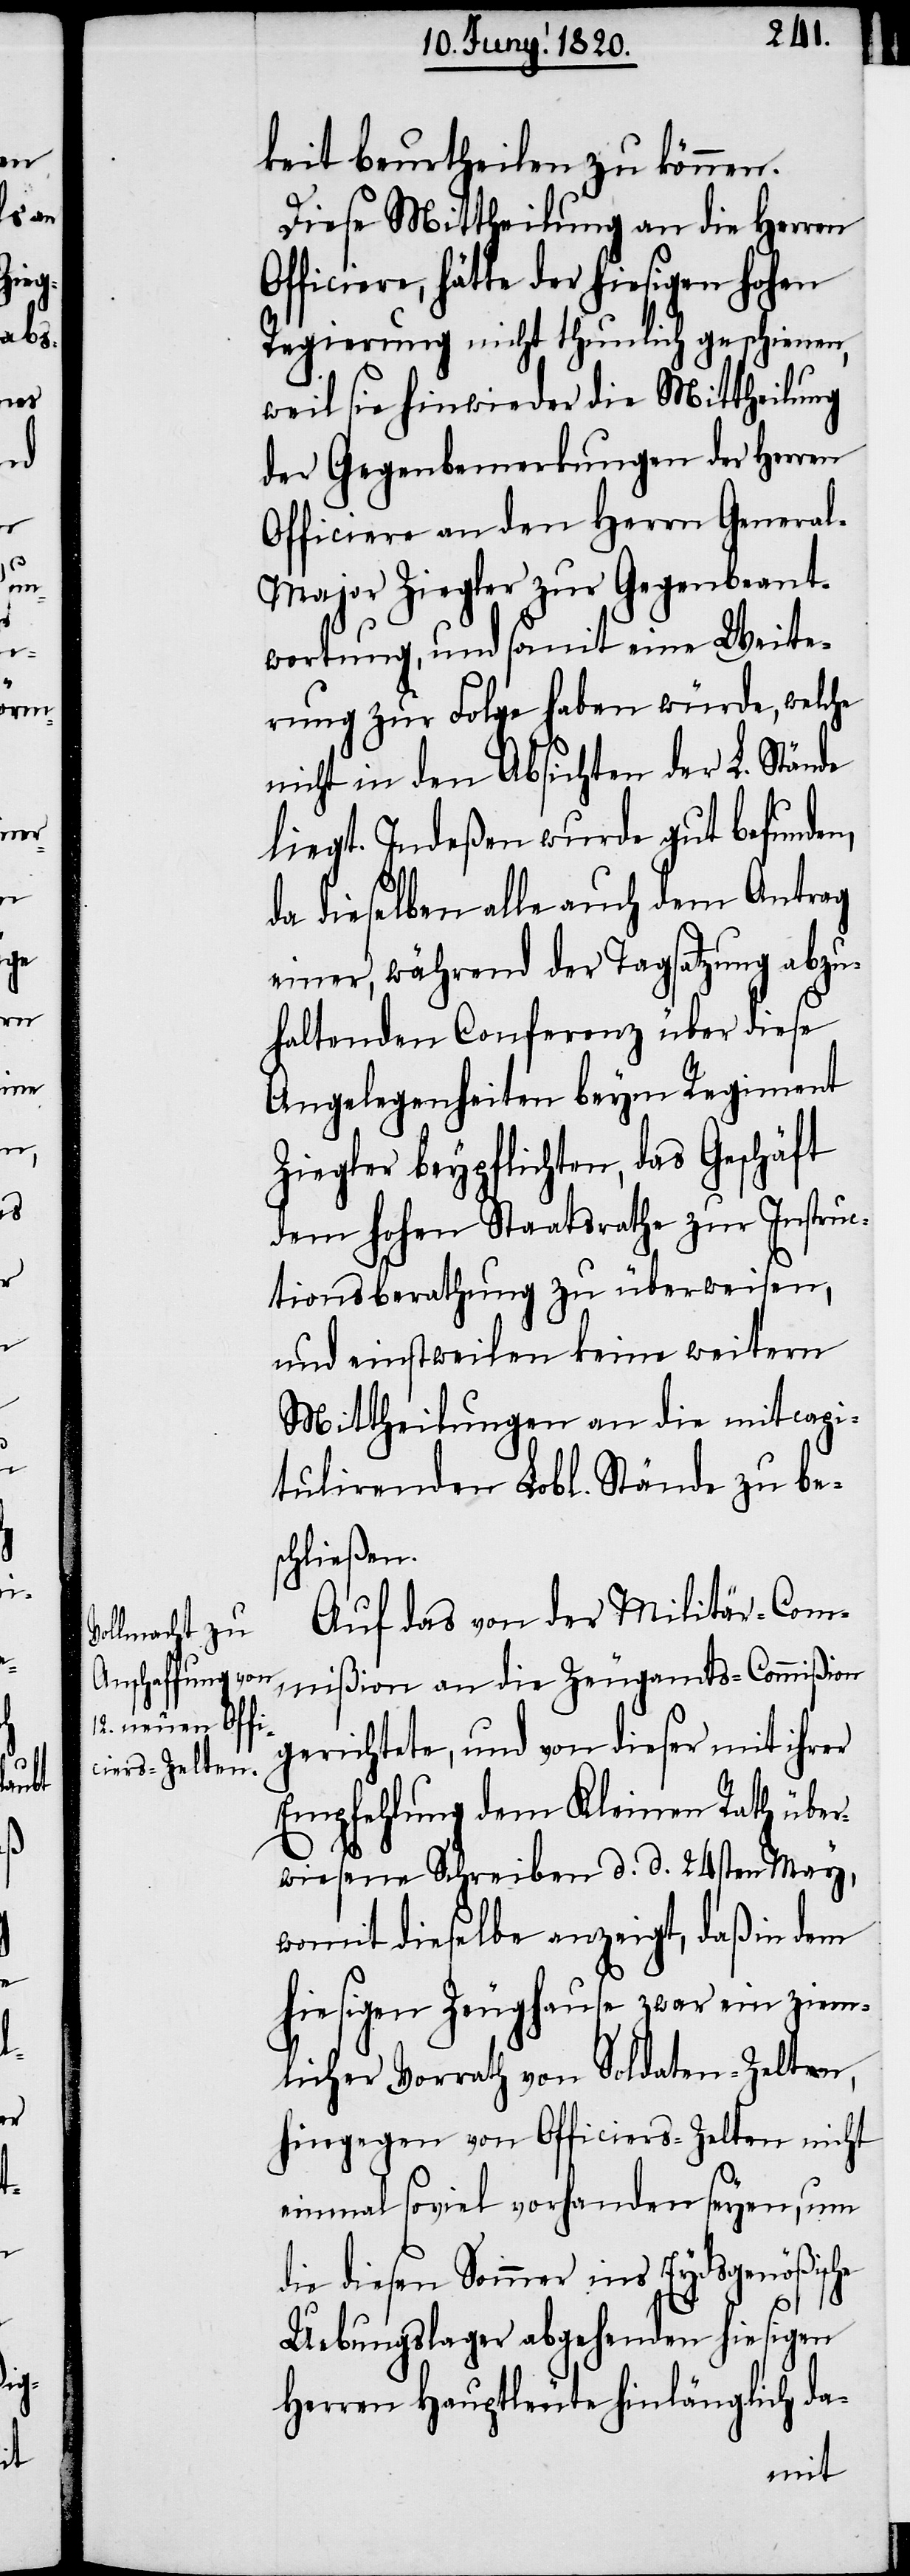
keit beurtheilen zu können.
Diese Mittheilung an die Herren
ficiere, hätte der hiesigen hohen
Regierung nicht thunlich geschienen,
weil sie hinwieder die Mittheilung
der Gegenbemerkungen der Herren
Offciere an den Herrn Genera¬
l-Major Ziegler zur Gegenbeant¬
wortung, und somit eine Weite¬
rung zur Folge haben würde, welche
nicht in den Absichten der L. Stände
liegt. Indeßen wurde gut befunden,
da dieselben alle auch dem Antrag
einer, während der Tagsatzung abzu¬
haltenden Conferenz über diese
Angelegenheiten beym Regiment
Ziegler beypflichten, das Geschäft
dem hohen Staatsrathe zur Instruc¬
tionsberathung zu überweisen,
und einstweilen keine weitern
Mittheilungen an die mit capi¬
tulirenden Lobl. Stände zu be¬
schließen.
Auf das von der Militär-Com¬
mißion an die Zeugamts-Commiβion
gerichtete, und von dieser mit ihrer
Empfehlung dem Kleinen Rath über¬
wiesene Schreiben d. d. 24sten May,
womit dieselbe anzeigt, daß in dem
hiesigen Zeughause zwar ein ziem¬
licher Vorrath von Soldaten-Zelten,
hingegen von Officiers-Zelten nicht
einmal soviel vorhanden seyen, um
die diesen Sommer ins Eydsgenößische
Of¬
Uebungslager abgehenden hiesigen
Herren Hauptleute hinlänglich da-